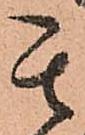
其